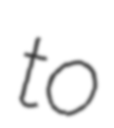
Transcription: to